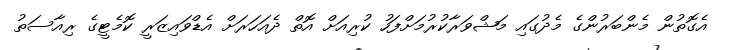
އެގޮތުން މެންބަރުންގެ މެދުގައި މަޝްވަރާކުރުމަށްފަހު ކުރިއަށް އޮތް ދެއަހަރަށް އެޑްވައިޒަރީ ކޮމެޓީގެ ރިއާސަތު